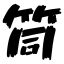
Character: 筒